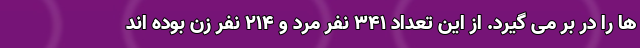
ها را در بر می گیرد. از این تعداد ۳۴۱ نفر مرد و ۲۱۴ نفر زن بوده اند